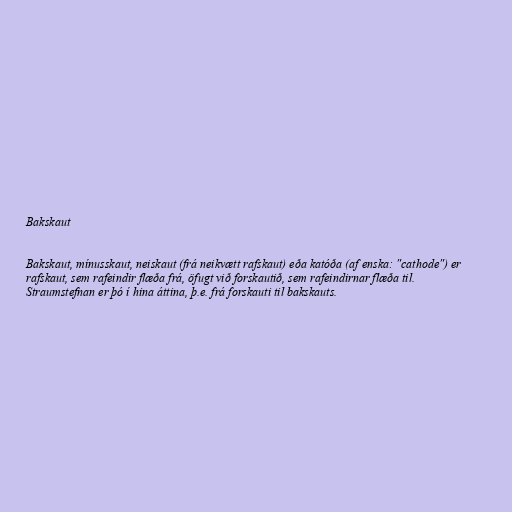
Bakskaut

Bakskaut, mínusskaut, neiskaut (frá neikvætt rafskaut) eða katóða (af enska: "cathode") er
rafskaut, sem rafeindir flæða frá, öfugt við forskautið, sem rafeindirnar flæða til.
Straumstefnan er þó í hina áttina, þ.e. frá forskauti til bakskauts.